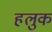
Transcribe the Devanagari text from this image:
हलुक